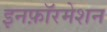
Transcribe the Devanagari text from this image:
इनफ़ॉरमेशन